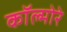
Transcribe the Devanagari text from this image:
कॉल्मोरे